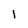
Character: l